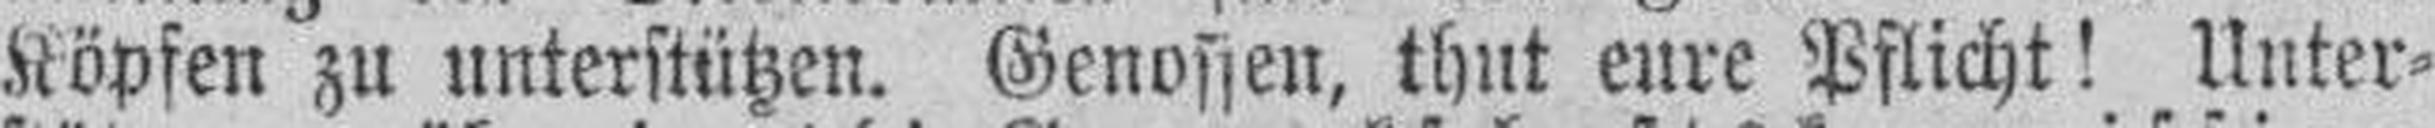
Köpfen zu unterstützen. Genossen, thut eure Pflicht! Unter¬